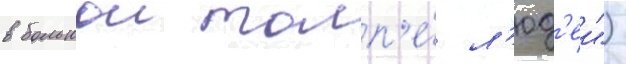
в большои толп'е́ л'юд'еи")